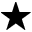
\star